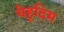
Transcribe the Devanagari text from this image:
येहूदिम